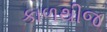
કાળથીજ